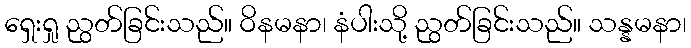
ရှေးရှု ညွတ်ခြင်းသည်။ ဝိနမနာ၊ နံပါးသို့ ညွတ်ခြင်းသည်။ သန္နမနာ၊